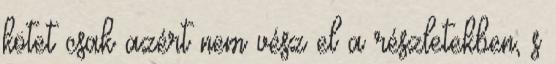
kötet csak azért nem vész el a részletekben, s